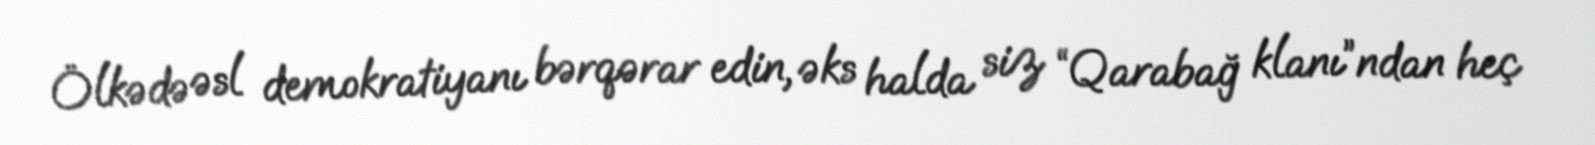
Ölkədə əsl demokratiyanı bərqərar edin, əks halda siz “Qarabağ klanı”ndan heç